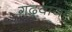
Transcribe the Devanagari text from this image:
गढ़वाया